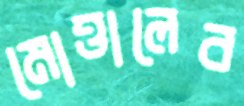
মোত্তালেব